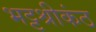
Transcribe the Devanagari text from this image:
भट्टश्रीकंठ